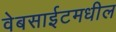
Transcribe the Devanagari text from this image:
वेबसाईटमधील